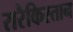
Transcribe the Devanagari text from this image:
सरैकिस्तान